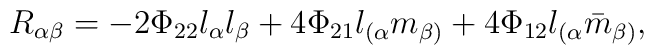
R_{\alpha \beta} = - 2\Phi_{22} l_{\alpha}  l_{\beta} + 4 \Phi_{21}  l_{(\alpha} m_{\beta)} + 4 \Phi_{12}  l_{(\alpha} {\bar m}_{\beta)},